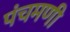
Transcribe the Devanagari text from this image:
पंचमणी